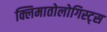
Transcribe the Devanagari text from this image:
क्लिमातोलोगिस्ट्स